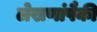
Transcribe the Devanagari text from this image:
लेखणांपैकी